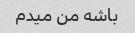
باشه من میدم